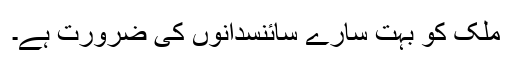
ملک کو بہت سارے سائنسدانوں کی ضرورت ہے۔